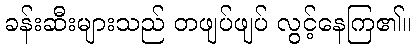
ခန်းဆီးများသည် တဖျပ်ဖျပ် လွင့်နေကြ၏။